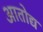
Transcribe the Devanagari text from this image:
आतोद्य